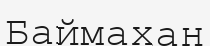
Баймахан